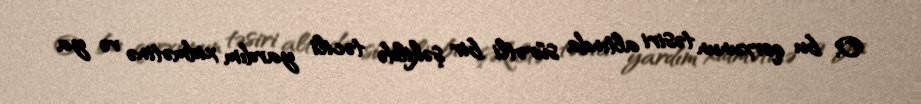
O, bu qorxunun təsiri altında sürətli bir şəkildə təcili yardım xidmətinə və ya